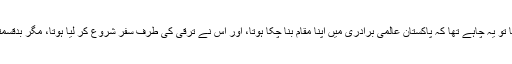
پینسٹھ سالوں میں ہونا تو یہ چاہے تھا کہ پاکستان عالمی برادری میں اپنا مقام بنا چکا ہوتا، اور اِس نے ترقی کی طرف سفر شروع کر لیا ہوتا، مگر بدقسمتی سے ایسا نہیں ہوا۔